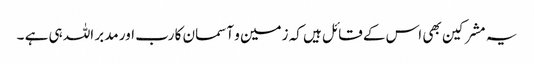
یہ مشرکین بھی اس کے قائل ہیں کہ زمین و آسمان کا رب اور مدبر اللہ ہی ہے ۔